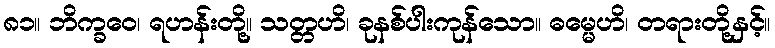
၈၁။ ဘိက္ခဝေ၊ ရဟန်းတို့။ သတ္တဟိ၊ ခုနစ်ပါးကုန်သော။ ဓမ္မေဟိ၊ တရားတို့နှင့်။